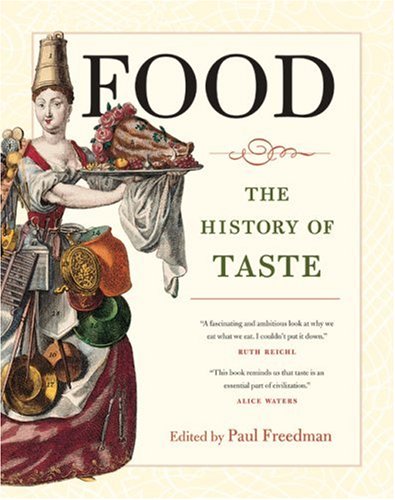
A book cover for Food: The History of Taste (California Studies in Food and Culture); Cookbooks, Food & Wine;